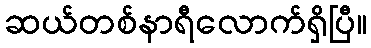
ဆယ်တစ်နာရီလောက်ရှိပြီ။